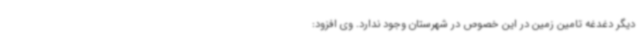
دیگر دغدغه تامین زمین در این خصوص در شهرستان وجود ندارد. وی افزود: